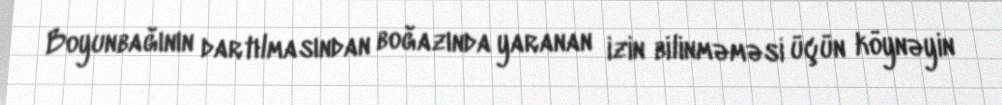
Boyunbağının dartılmasından boğazında yaranan izin bilinməməsi üçün köynəyin